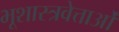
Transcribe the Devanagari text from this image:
भूशास्त्रवेत्ताओं